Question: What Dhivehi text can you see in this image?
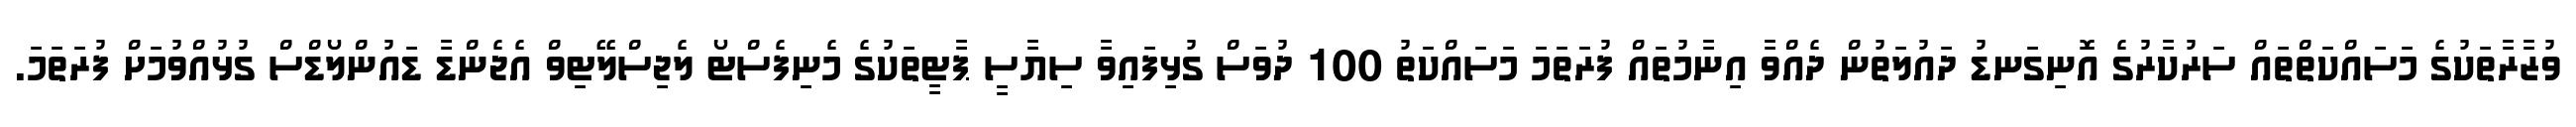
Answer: ވުޒާރާތަކުގެ މަސައްކަތްތައް ސަރުކާރުގެ އޮނިގަނޑު ދައުލަތުން ދެއްވާ އިނާމުތައް ފުރަތަމަ މަސައްކަތު 100 ދުވަސް ގުޅިފައިވާ ސިޔާސީ ޕާޓީތަކުގެ މެނިފެސްޓޯ ލެޖިސްލޭޓިވް އެޖެންޑާ ޑައުންލޯޑްސް ގުޅުއްވުމަށް ފުރަތަމަ.